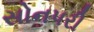
સોનપરી